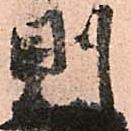
則